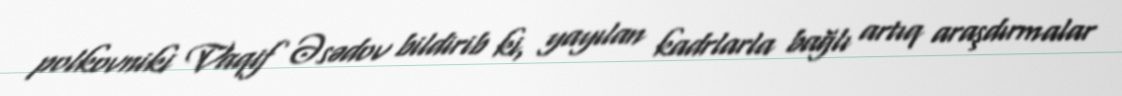
polkovniki Vaqif Əsədov bildirib ki, yayılan kadrlarla bağlı artıq araşdırmalar